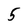
Character: 5